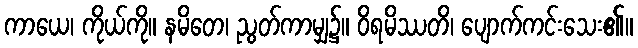
ကာယေ၊ ကိုယ်ကို။ နမိတေ၊ ညွတ်ကာမျှ၌။ ဝိရမိဿတိ၊ ပျောက်ကင်းသေး၏။